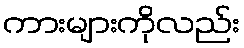
ကားများကိုလည်း